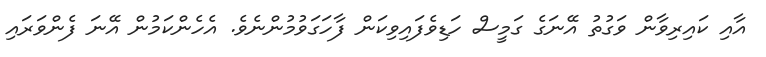
އާއި ކައިރިވާން ވަގުތު އޭނަގެ ގަމީސް ހަޑިވެފައިވިކަން ފާހަގަވުމުންނެވެ. އެހެންކަމުން އޭނަ ފެންވަރައި